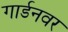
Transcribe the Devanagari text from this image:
गार्डनवर